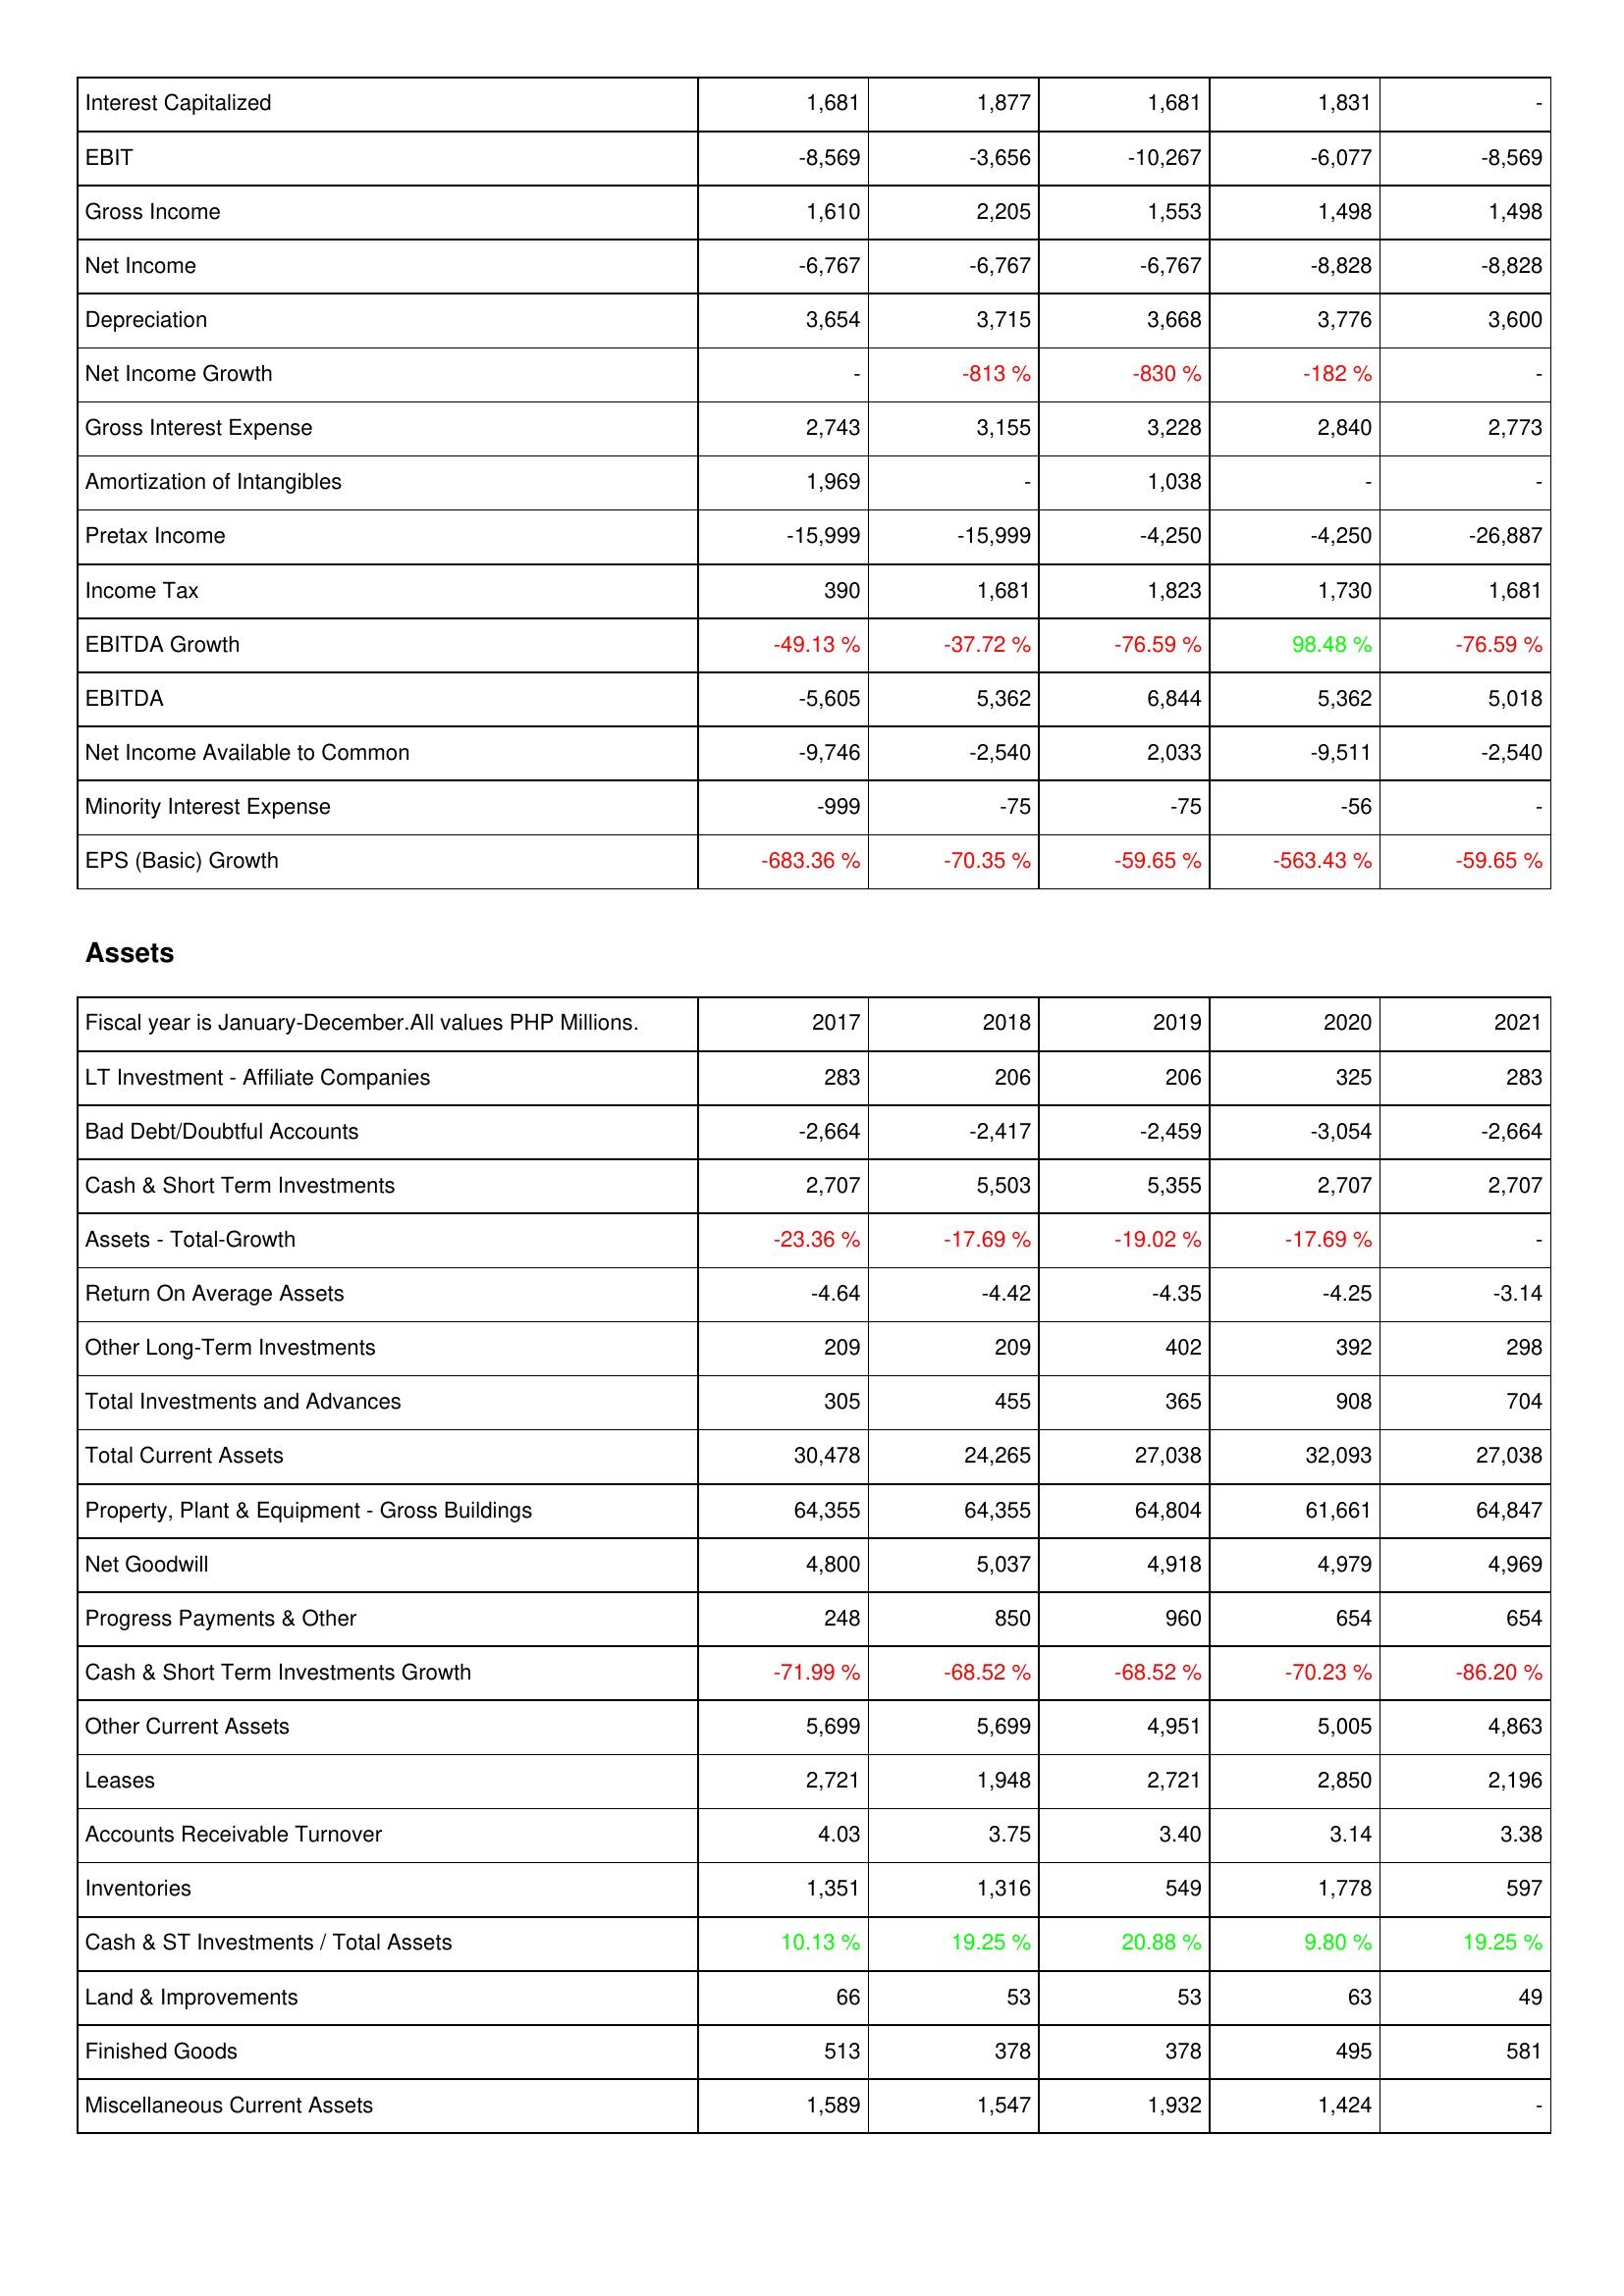
2017: Income Statement: Interest Capitalized: 1,681
EBIT: -8,569
Gross Income: 1,610
Net Income: -6,767
Depreciation: 3,654
Net Income Growth: -
Gross Interest Expense: 2,743
Amortization of Intangibles: 1,969
Pretax Income: -15,999
Income Tax: 390
EBITDA Growth: -49.13 %
EBITDA: -5,605
Net Income Available to Common: -9,746
Minority Interest Expense: -999
EPS (Basic) Growth: -683.36 %
Assets: LT Investment - Affiliate Companies: 283
Bad Debt/Doubtful Accounts: -2,664
Cash & Short Term Investments: 2,707
Assets - Total-Growth: -23.36 %
Return On Average Assets: -4.64
Other Long-Term Investments: 209
Total Investments and Advances: 305
Total Current Assets: 30,478
Property, Plant & Equipment - Gross Buildings: 64,355
Net Goodwill: 4,800
Progress Payments & Other: 248
Cash & Short Term Investments Growth: -71.99 %
Other Current Assets: 5,699
Leases: 2,721
Accounts Receivable Turnover: 4.03
Inventories: 1,351
Cash & ST Investments / Total Assets: 10.13 %
Land & Improvements: 66
Finished Goods: 513
Miscellaneous Current Assets: 1,589
2018: Income Statement: Interest Capitalized: 1,877
EBIT: -3,656
Gross Income: 2,205
Net Income: -6,767
Depreciation: 3,715
Net Income Growth: -813 %
Gross Interest Expense: 3,155
Amortization of Intangibles: -
Pretax Income: -15,999
Income Tax: 1,681
EBITDA Growth: -37.72 %
EBITDA: 5,362
Net Income Available to Common: -2,540
Minority Interest Expense: -75
EPS (Basic) Growth: -70.35 %
Assets: LT Investment - Affiliate Companies: 206
Bad Debt/Doubtful Accounts: -2,417
Cash & Short Term Investments: 5,503
Assets - Total-Growth: -17.69 %
Return On Average Assets: -4.42
Other Long-Term Investments: 209
Total Investments and Advances: 455
Total Current Assets: 24,265
Property, Plant & Equipment - Gross Buildings: 64,355
Net Goodwill: 5,037
Progress Payments & Other: 850
Cash & Short Term Investments Growth: -68.52 %
Other Current Assets: 5,699
Leases: 1,948
Accounts Receivable Turnover: 3.75
Inventories: 1,316
Cash & ST Investments / Total Assets: 19.25 %
Land & Improvements: 53
Finished Goods: 378
Miscellaneous Current Assets: 1,547
2019: Income Statement: Interest Capitalized: 1,681
EBIT: -10,267
Gross Income: 1,553
Net Income: -6,767
Depreciation: 3,668
Net Income Growth: -830 %
Gross Interest Expense: 3,228
Amortization of Intangibles: 1,038
Pretax Income: -4,250
Income Tax: 1,823
EBITDA Growth: -76.59 %
EBITDA: 6,844
Net Income Available to Common: 2,033
Minority Interest Expense: -75
EPS (Basic) Growth: -59.65 %
Assets: LT Investment - Affiliate Companies: 206
Bad Debt/Doubtful Accounts: -2,459
Cash & Short Term Investments: 5,355
Assets - Total-Growth: -19.02 %
Return On Average Assets: -4.35
Other Long-Term Investments: 402
Total Investments and Advances: 365
Total Current Assets: 27,038
Property, Plant & Equipment - Gross Buildings: 64,804
Net Goodwill: 4,918
Progress Payments & Other: 960
Cash & Short Term Investments Growth: -68.52 %
Other Current Assets: 4,951
Leases: 2,721
Accounts Receivable Turnover: 3.40
Inventories: 549
Cash & ST Investments / Total Assets: 20.88 %
Land & Improvements: 53
Finished Goods: 378
Miscellaneous Current Assets: 1,932
2020: Income Statement: Interest Capitalized: 1,831
EBIT: -6,077
Gross Income: 1,498
Net Income: -8,828
Depreciation: 3,776
Net Income Growth: -182 %
Gross Interest Expense: 2,840
Amortization of Intangibles: -
Pretax Income: -4,250
Income Tax: 1,730
EBITDA Growth: 98.48 %
EBITDA: 5,362
Net Income Available to Common: -9,511
Minority Interest Expense: -56
EPS (Basic) Growth: -563.43 %
Assets: LT Investment - Affiliate Companies: 325
Bad Debt/Doubtful Accounts: -3,054
Cash & Short Term Investments: 2,707
Assets - Total-Growth: -17.69 %
Return On Average Assets: -4.25
Other Long-Term Investments: 392
Total Investments and Advances: 908
Total Current Assets: 32,093
Property, Plant & Equipment - Gross Buildings: 61,661
Net Goodwill: 4,979
Progress Payments & Other: 654
Cash & Short Term Investments Growth: -70.23 %
Other Current Assets: 5,005
Leases: 2,850
Accounts Receivable Turnover: 3.14
Inventories: 1,778
Cash & ST Investments / Total Assets: 9.80 %
Land & Improvements: 63
Finished Goods: 495
Miscellaneous Current Assets: 1,424
2021: Income Statement: Interest Capitalized: -
EBIT: -8,569
Gross Income: 1,498
Net Income: -8,828
Depreciation: 3,600
Net Income Growth: -
Gross Interest Expense: 2,773
Amortization of Intangibles: -
Pretax Income: -26,887
Income Tax: 1,681
EBITDA Growth: -76.59 %
EBITDA: 5,018
Net Income Available to Common: -2,540
Minority Interest Expense: -
EPS (Basic) Growth: -59.65 %
Assets: LT Investment - Affiliate Companies: 283
Bad Debt/Doubtful Accounts: -2,664
Cash & Short Term Investments: 2,707
Assets - Total-Growth: -
Return On Average Assets: -3.14
Other Long-Term Investments: 298
Total Investments and Advances: 704
Total Current Assets: 27,038
Property, Plant & Equipment - Gross Buildings: 64,847
Net Goodwill: 4,969
Progress Payments & Other: 654
Cash & Short Term Investments Growth: -86.20 %
Other Current Assets: 4,863
Leases: 2,196
Accounts Receivable Turnover: 3.38
Inventories: 597
Cash & ST Investments / Total Assets: 19.25 %
Land & Improvements: 49
Finished Goods: 581
Miscellaneous Current Assets: -